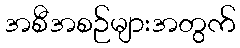
အစီအစဉ်များအတွက်